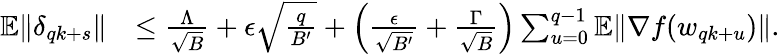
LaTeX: \begin{array}{rl}{\mathbb{E}\| \delta_{qk+s}\| }&{\le\frac{\Lambda}{\sqrt{B}}+\epsilon\sqrt{\frac{q}{B^{\prime}}}+\Big(\frac{\epsilon}{\sqrt{B^{\prime}}}+\frac{\Gamma}{\sqrt{B}}\Big)\sum_{u=0}^{q-1}\mathbb{E}\| \nabla f(w_{qk+u})\| .}\end{array}